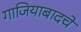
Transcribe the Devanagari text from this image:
गाजियाबादचे